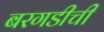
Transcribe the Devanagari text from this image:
बरगडीची